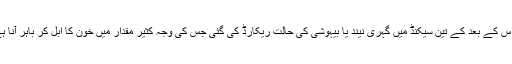
* اس کے بعد کے تین سیکنڈ میں گہری نیند یا بیہوشی کی حالت ریکارڈ کی گئی جس کی وجہ کثیر مقدار میں خون کا ابل کر باہر آنا ہے۔